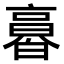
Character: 𠆌